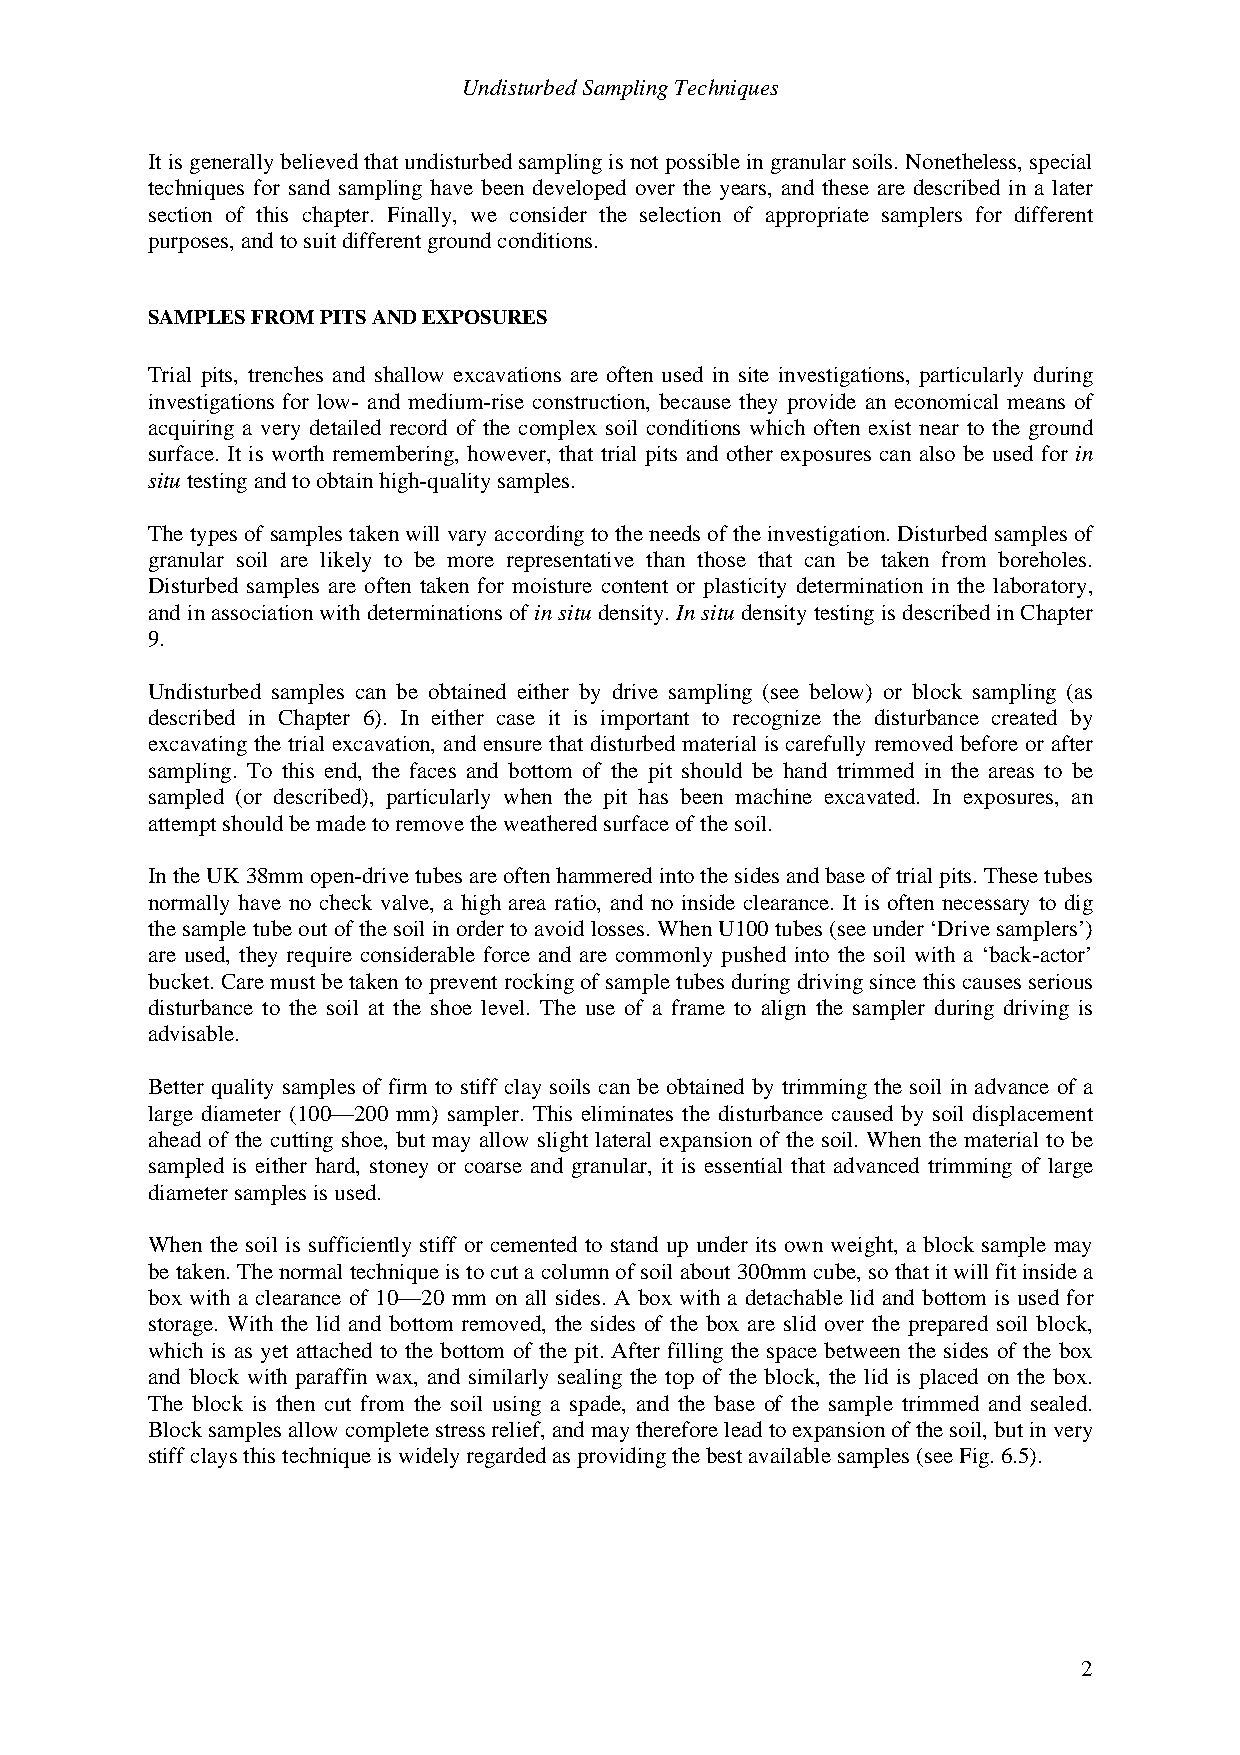
Undisturbed Sampling Techniques
 It is generally believed that undisturbed sampling is not possible in granular soils. Nonetheless, special
 techniques for sand sampling have been developed over the years, and these are described in a later
 section of this chapter. Finally, we consider the selection of appropriate samplers for different
 purposes, and to suit different ground conditions.
 SAMPLES FROM PITS AND EXPOSURES
 Trial pits, trenches and shallow excavations are often used in site investigations, particularly during
 investigations for low- and medium-rise construction, because they provide an economical means of
 acquiring a very detailed record of the complex soil conditions which often exist near to the ground
 surface. It is worth remembering, however, that trial pits and other exposures can also be used for in
 situ testing and to obtain high-quality samples.
 The types of samples taken will vary according to the needs of the investigation. Disturbed samples of
 granular soil are likely to be more representative than those that can be taken from boreholes.
 Disturbed samples are often taken for moisture content or plasticity determination in the laboratory,
 and in association with determinations of in situ density. In situ density testing is described in Chapter
 9.
 Undisturbed samples can be obtained either by drive sampling (see below) or block sampling (as
 described in Chapter 6). In either case it is important to recognize the disturbance created by
 excavating the trial excavation, and ensure that disturbed material is carefully removed before or after
 sampling. To this end, the faces and bottom of the pit should be hand trimmed in the areas to be
 sampled (or described), particularly when the pit has been machine excavated. In exposures, an
 attempt should be made to remove the weathered surface of the soil.
 In the UK 38mm open-drive tubes are often hammered into the sides and base of trial pits. These tubes
 normally have no check valve, a high area ratio, and no inside clearance. It is often necessary to dig
 the sample tube out of the soil in order to avoid losses. When U100 tubes (see under ‘Drive samplers’)
 are used, they require considerable force and are commonly pushed into the soil with a ‘back-actor’
 bucket. Care must be taken to prevent rocking of sample tubes during driving since this causes serious
 disturbance to the soil at the shoe level. The use of a frame to align the sampler during driving is
 advisable.
 Better quality samples of firm to stiff clay soils can be obtained by trimming the soil in advance of a
 large diameter (100—200 mm) sampler. This eliminates the disturbance caused by soil displacement
 ahead of the cutting shoe, but may allow slight lateral expansion of the soil. When the material to be
 sampled is either hard, stoney or coarse and granular, it is essential that advanced trimming of large
 diameter samples is used.
 When the soil is sufficiently stiff or cemented to stand up under its own weight, a block sample may
 be taken. The normal technique is to cut a column of soil about 300mm cube, so that it will fit inside a
 box with a clearance of 10—20 mm on all sides. A box with a detachable lid and bottom is used for
 storage. With the lid and bottom removed, the sides of the box are slid over the prepared soil block,
 which is as yet attached to the bottom of the pit. After filling the space between the sides of the box
 and block with paraffin wax, and similarly sealing the top of the block, the lid is placed on the box.
 The block is then cut from the soil using a spade, and the base of the sample trimmed and sealed.
 Block samples allow complete stress relief, and may therefore lead to expansion of the soil, but in very
 stiff clays this technique is widely regarded as providing the best available samples (see Fig. 6.5).
 2